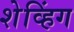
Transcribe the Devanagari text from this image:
शेव्हिंग